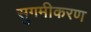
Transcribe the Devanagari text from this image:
सुगमीकरण